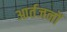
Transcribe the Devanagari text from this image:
आर्तजनों